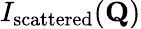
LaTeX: I_{\textrm{scattered}}(\mathbf{Q})